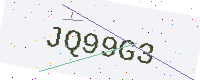
Text: JQ99G3